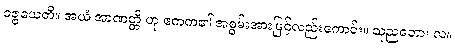
ဝဇ္ဇယေတိ။ အယံ အာဏတ္တိ ဟု ဧကက၏ အစွမ်းအားဖြင့်လည်းကောင်း။ သုညတော၊ လ။